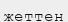
жеттен